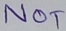
Text: NOT